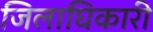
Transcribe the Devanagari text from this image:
जिलाघिकारी